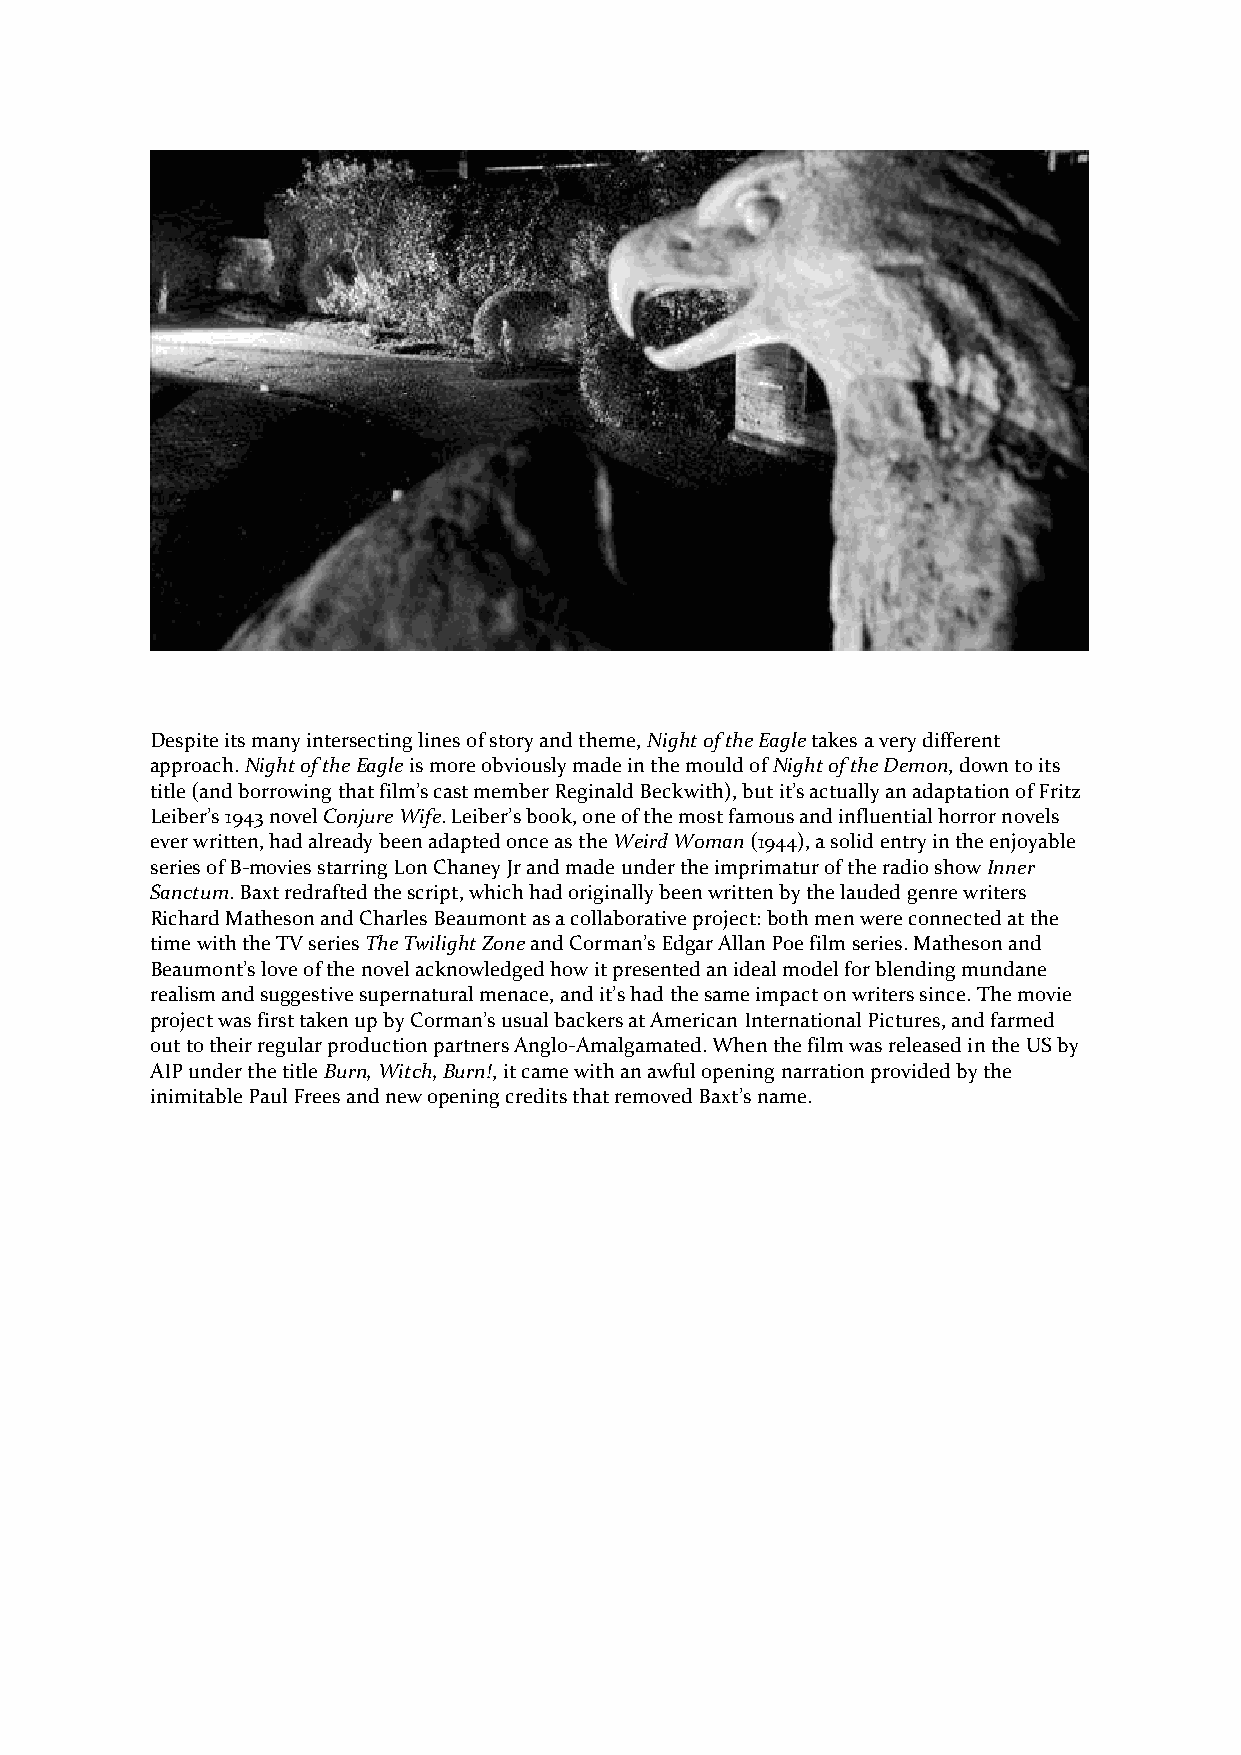
Despite its many intersecting lines of story and theme, Night of the Eagle takes a very different
 approach. Night of the Eagle is more obviously made in the mould of Night of the Demon, down to its
 title (and borrowing that film’s cast member Reginald Beckwith), but it’s actually an adaptation of Fritz
 Leiber’s 1943 novel Conjure Wife. Leiber’s book, one of the most famous and influential horror novels
 ever written, had already been adapted once as the Weird Woman (1944), a solid entry in the enjoyable
 series of B-movies starring Lon Chaney Jr and made under the imprimatur of the radio show Inner
 Sanctum. Baxt redrafted the script, which had originally been written by the lauded genre writers
 Richard Matheson and Charles Beaumont as a collaborative project: both men were connected at the
 time with the TV series The Twilight Zone and Corman’s Edgar Allan Poe film series. Matheson and
 Beaumont’s love of the novel acknowledged how it presented an ideal model for blending mundane
 realism and suggestive supernatural menace, and it’s had the same impact on writers since. The movie
 project was first taken up by Corman’s usual backers at American International Pictures, and farmed
 out to their regular production partners Anglo-Amalgamated. When the film was released in the US by
 AIP under the title Burn, Witch, Burn!, it came with an awful opening narration provided by the
 inimitable Paul Frees and new opening credits that removed Baxt’s name.